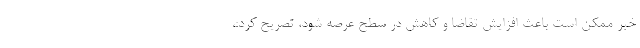
خبر ممکن است باعث افزایش تقاضا و کاهش در سطح عرصه شود، تصریح کرد:،